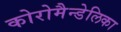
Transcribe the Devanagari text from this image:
कोरोमैन्डेलिका